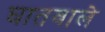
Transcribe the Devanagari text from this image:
घातवाले